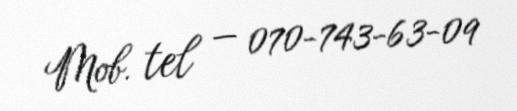
Mob. tel — 070-743-63-09